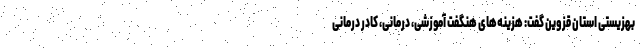
بهزیستی استان قزوین گفت: هزینه‌های هنگفت آموزشی، درمانی، کادر درمانی